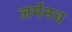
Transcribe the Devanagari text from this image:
जर्मनच